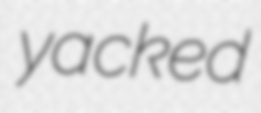
yacked